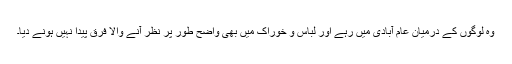
وہ لوگوں کے درمیان عام آبادی میں رہے اور لباس و خوراک میں بھی واضح طور پر نظر آنے والا فرق پیدا نہیں ہونے دیا۔